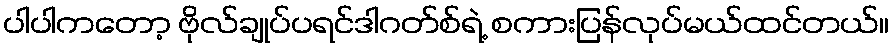
ပါပါကတော့ ဗိုလ်ချုပ်ပရင်ဒါဂတ်စ်ရဲ့ စကားပြန်လုပ်မယ်ထင်တယ်။